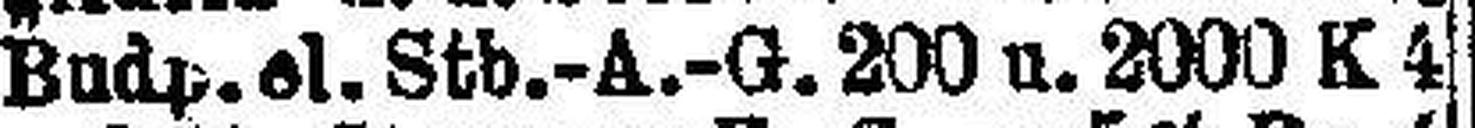
Budp. el. Stb.-A.-G. 200 u. 2000 K 4